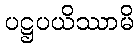
ပဋ္ဌပယိဿာမိ